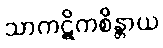
သာကဋိကစိန္တာယ